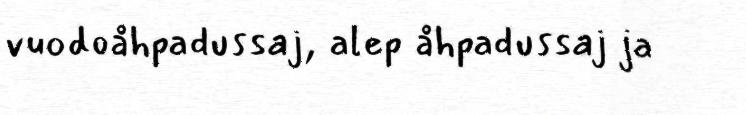
vuodoåhpadussaj, alep åhpadussaj ja